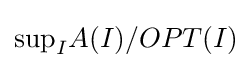
\mathrm {sup} _{I}A(I)/OPT(I)